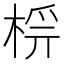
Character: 𣔔